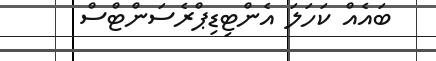
ބައެއް ކަހަލަ އެންޓިޑިޕްރެސަންޓްސް